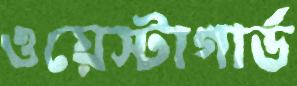
ওয়েস্টাগার্ড